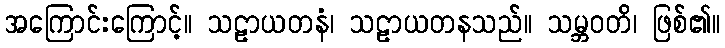
အကြောင်းကြောင့်။ သဠာယတနံ၊ သဠာယတနသည်။ သမ္ဘဝတိ၊ ဖြစ်၏။